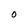
Character: O